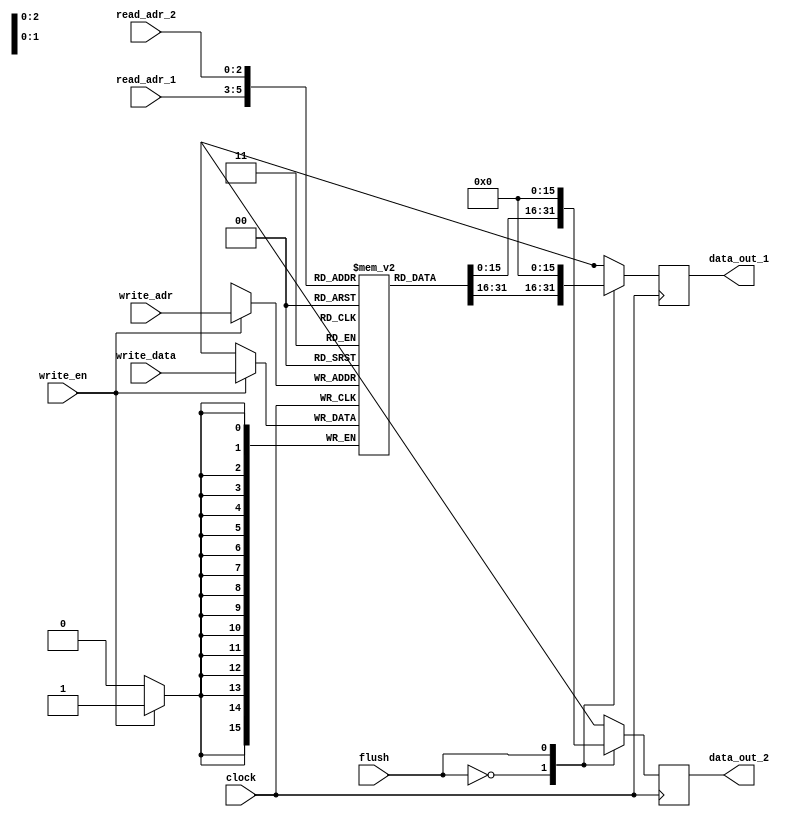
module register_file(
	input clock,
	
	input flush,
	
	input [2:0] read_adr_1,
	input [2:0] read_adr_2,
	
	input [15:0] write_data,
	input [2:0] write_adr,
	input write_en,
	
	output reg [15:0] data_out_1,
	output reg [15:0] data_out_2
	);


	reg [15:0] file [7:0];
	
	integer i;
	initial begin
		for (i = 0; i < 8 ; i = i + 1) begin 
			file[i] = 16'h00; 
		end 
	
		data_out_1 = 0;
		data_out_2 = 0;
	end
	
	
	always @(negedge clock) begin
		if (write_en == 1) begin
			file[write_adr] = write_data;
		end
	end

	always @(posedge clock) begin
		case (flush)
			0: begin
				data_out_1 = file[read_adr_1];
				data_out_2 = file[read_adr_2];
			end
			1: begin
				data_out_1 = 0;
				data_out_2 = 0;
			end
		endcase
	end
endmodule